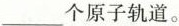
___个原子轨道。